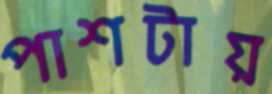
পাশটায়